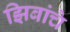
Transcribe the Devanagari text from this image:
झिबांचे